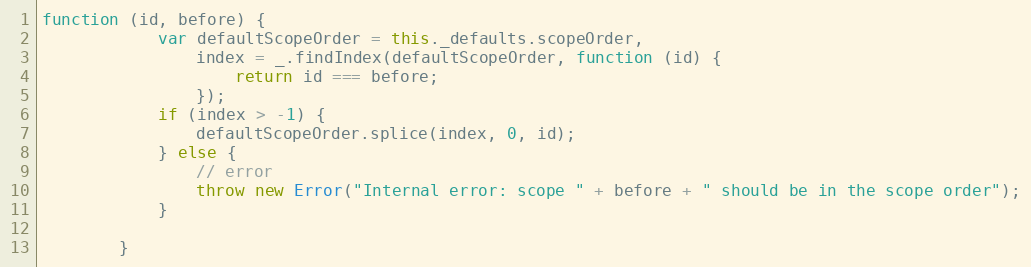
Language: JavaScript
function (id, before) {
            var defaultScopeOrder = this._defaults.scopeOrder,
                index = _.findIndex(defaultScopeOrder, function (id) {
                    return id === before;
                });
            if (index > -1) {
                defaultScopeOrder.splice(index, 0, id);
            } else {
                // error
                throw new Error("Internal error: scope " + before + " should be in the scope order");
            }

        }